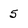
Character: 5